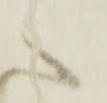
へ